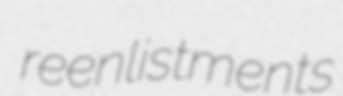
reenlistments